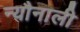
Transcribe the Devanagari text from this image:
न्यौनाली